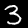
Digit: 3